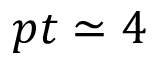
p t \simeq 4